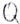
Text: Q